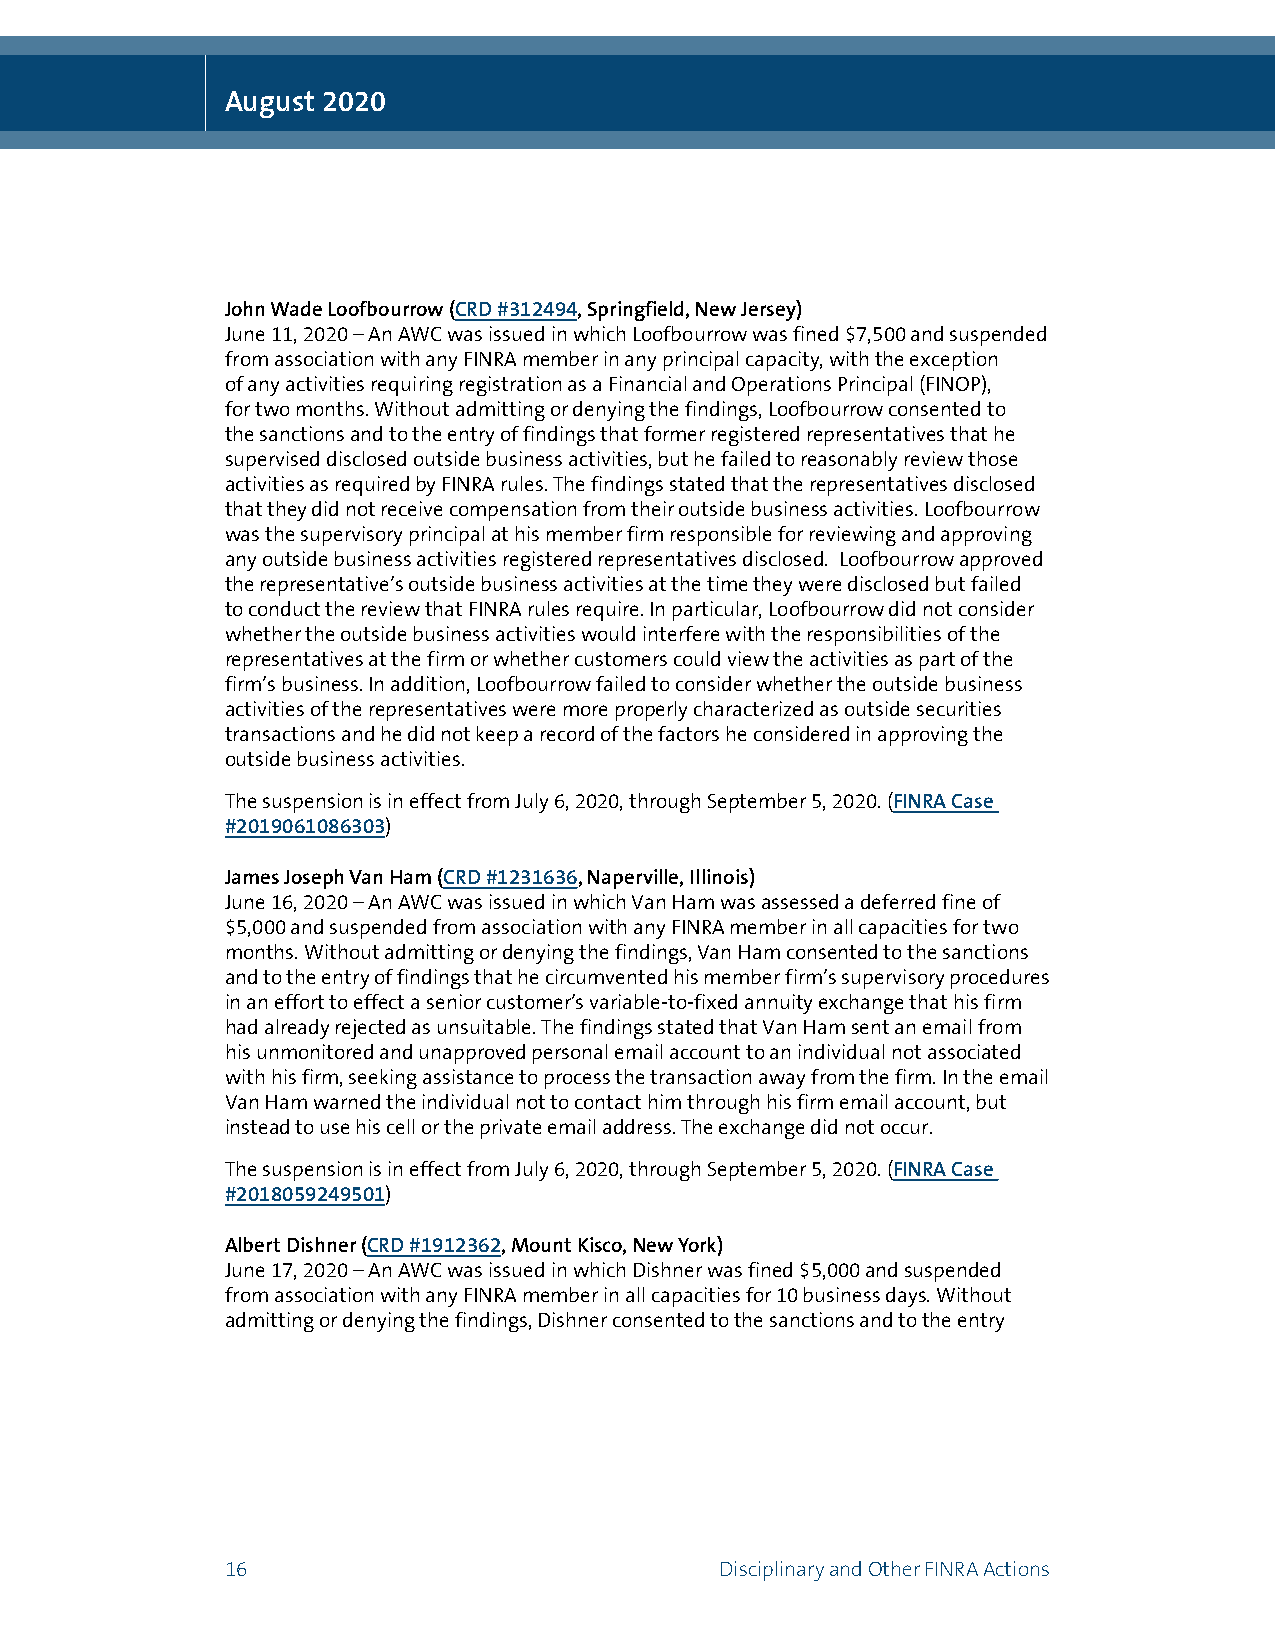
August 2020
 John Wade Loofbourrow (CRD #312494, Springfield, New Jersey)
 June 11, 2020 – An AWC was issued in which Loofbourrow was fined $7,500 and suspended
 from association with any FINRA member in any principal capacity, with the exception
 of any activities requiring registration as a Financial and Operations Principal (FINOP),
 for two months. Without admitting or denying the findings, Loofbourrow consented to
 the sanctions and to the entry of findings that former registered representatives that he
 supervised disclosed outside business activities, but he failed to reasonably review those
 activities as required by FINRA rules. The findings stated that the representatives disclosed
 that they did not receive compensation from their outside business activities. Loofbourrow
 was the supervisory principal at his member firm responsible for reviewing and approving
 any outside business activities registered representatives disclosed. Loofbourrow approved
 the representative’s outside business activities at the time they were disclosed but failed
 to conduct the review that FINRA rules require. In particular, Loofbourrow did not consider
 whether the outside business activities would interfere with the responsibilities of the
 representatives at the firm or whether customers could view the activities as part of the
 firm’s business. In addition, Loofbourrow failed to consider whether the outside business
 activities of the representatives were more properly characterized as outside securities
 transactions and he did not keep a record of the factors he considered in approving the
 outside business activities.
 The suspension is in effect from July 6, 2020, through September 5, 2020. (FINRA Case
 #2019061086303)
 James Joseph Van Ham (CRD #1231636, Naperville, Illinois)
 June 16, 2020 – An AWC was issued in which Van Ham was assessed a deferred fine of
 $5,000 and suspended from association with any FINRA member in all capacities for two
 months. Without admitting or denying the findings, Van Ham consented to the sanctions
 and to the entry of findings that he circumvented his member firm’s supervisory procedures
 in an effort to effect a senior customer’s variable-to-fixed annuity exchange that his firm
 had already rejected as unsuitable. The findings stated that Van Ham sent an email from
 his unmonitored and unapproved personal email account to an individual not associated
 with his firm, seeking assistance to process the transaction away from the firm. In the email
 Van Ham warned the individual not to contact him through his firm email account, but
 instead to use his cell or the private email address. The exchange did not occur.
 The suspension is in effect from July 6, 2020, through September 5, 2020. (FINRA Case
 #2018059249501)
 Albert Dishner (CRD #1912362, Mount Kisco, New York)
 June 17, 2020 – An AWC was issued in which Dishner was fined $5,000 and suspended
 from association with any FINRA member in all capacities for 10 business days. Without
 admitting or denying the findings, Dishner consented to the sanctions and to the entry
 16                               Disciplinary and Other FINRA Actions